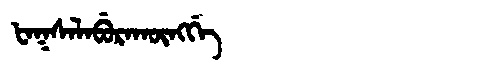
Manchu: ᡶᠠᡴᠰᠠᠯᠠᠪᡠᡵᠠᡴᡡᠩᡤᡝ
Romanization: FAKSALABURAKŪNGGE